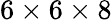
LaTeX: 6\times 6\times 8